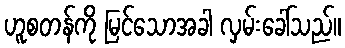
ဟူစတန်ကို မြင်သောအခါ လှမ်းခေါ်သည်။